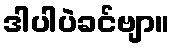
ဒါပါပဲခင်ဗျာ။